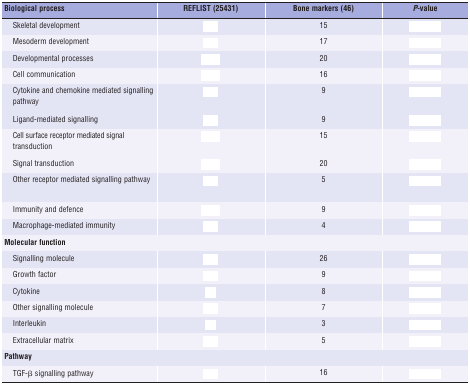
<table><thead><tr><td><b>Biological process</b></td><td><b>REFLIST (25431)</b></td><td><b>Bone markers (46)</b></td><td><b><i>P</i>-value</b></td></tr></thead><tbody><tr><td> Skeletal development</td><td>[EMPTY_CELL]</td><td>15</td><td>[EMPTY_CELL]</td></tr><tr><td> Mesoderm development</td><td>[EMPTY_CELL]</td><td>17</td><td>[EMPTY_CELL]</td></tr><tr><td> Developmental processes</td><td>[EMPTY_CELL]</td><td>20</td><td>[EMPTY_CELL]</td></tr><tr><td> Cell communication</td><td>[EMPTY_CELL]</td><td>16</td><td>[EMPTY_CELL]</td></tr><tr><td> Cytokine and chemokine mediated signalling pathway</td><td>[EMPTY_CELL]</td><td>9</td><td>[EMPTY_CELL]</td></tr><tr><td> Ligand-mediated signalling</td><td>[EMPTY_CELL]</td><td>9</td><td>[EMPTY_CELL]</td></tr><tr><td> Cell surface receptor mediated signal transduction</td><td>[EMPTY_CELL]</td><td>15</td><td>[EMPTY_CELL]</td></tr><tr><td> Signal transduction</td><td>[EMPTY_CELL]</td><td>20</td><td>[EMPTY_CELL]</td></tr><tr><td> Other receptor mediated signalling pathway</td><td>[EMPTY_CELL]</td><td>5</td><td>[EMPTY_CELL]</td></tr><tr><td> Immunity and defence</td><td>[EMPTY_CELL]</td><td>9</td><td>[EMPTY_CELL]</td></tr><tr><td> Macrophage-mediated immunity</td><td>[EMPTY_CELL]</td><td>4</td><td>[EMPTY_CELL]</td></tr><tr><td><b>Molecular function</b></td><td>[EMPTY_CELL]</td><td>[EMPTY_CELL]</td><td>[EMPTY_CELL]</td></tr><tr><td> Signalling molecule</td><td>[EMPTY_CELL]</td><td>26</td><td>[EMPTY_CELL]</td></tr><tr><td> Growth factor</td><td>[EMPTY_CELL]</td><td>9</td><td>[EMPTY_CELL]</td></tr><tr><td> Cytokine</td><td>[EMPTY_CELL]</td><td>8</td><td>[EMPTY_CELL]</td></tr><tr><td> Other signalling molecule</td><td>[EMPTY_CELL]</td><td>7</td><td>[EMPTY_CELL]</td></tr><tr><td> Interleukin</td><td>[EMPTY_CELL]</td><td>3</td><td>[EMPTY_CELL]</td></tr><tr><td> Extracellular matrix</td><td>[EMPTY_CELL]</td><td>5</td><td>[EMPTY_CELL]</td></tr><tr><td><b>Pathway</b></td><td>[EMPTY_CELL]</td><td>[EMPTY_CELL]</td><td>[EMPTY_CELL]</td></tr><tr><td> TGF-β signalling pathway</td><td>[EMPTY_CELL]</td><td>16</td><td>[EMPTY_CELL]</td></tr></tbody></table>